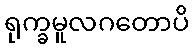
ရုက္ခမူလဂတောပိ